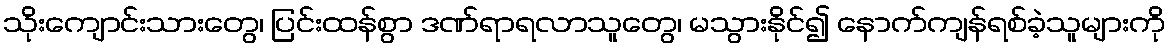
သိုးကျောင်းသားတွေ၊ ပြင်းထန်စွာ ဒဏ်ရာရလာသူတွေ၊ မသွားနိုင်၍ နောက်ကျန်ရစ်ခဲ့သူများကို